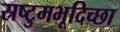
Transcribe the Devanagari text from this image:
स्रष्टुमभूदिच्छा